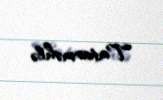
Tatarməhlə